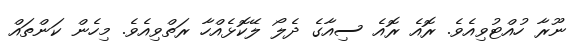
ނޫރާ ހުއްޓުވިއެވެ. ރޮއެ ރޮއެ ސިއާގެ ދެލޯ ލޭކޮޅެއްހާ ރަތްވިއެވެ. މިހެން ކަންތައް